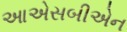
આએસબીએન